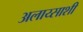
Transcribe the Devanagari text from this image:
अलाय्साशी